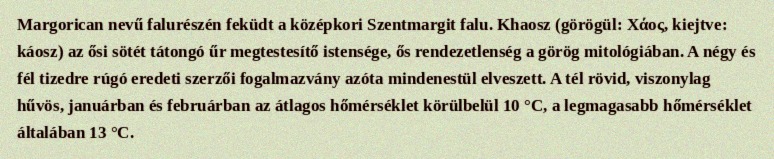
Margorican nevű falurészén feküdt a középkori Szentmargit falu. Khaosz (görögül: Χάος, kiejtve: káosz) az ősi sötét tátongó űr megtestesítő istensége, ős rendezetlenség a görög mitológiában. A négy és fél tizedre rúgó eredeti szerzői fogalmazvány azóta mindenestül elveszett. A tél rövid, viszonylag hűvös, januárban és februárban az átlagos hőmérséklet körülbelül 10 °C, a legmagasabb hőmérséklet általában 13 °C.